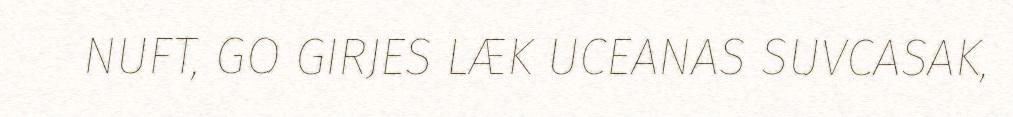
NUFT, GO GIRJES LÆK UCEANAS SUVCASAK,